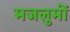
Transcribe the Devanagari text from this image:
मजलुमों